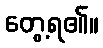
တွေ့ရ၏။